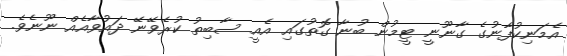
އެމަނިކުފާނުގެ ގާނޫނީ ޓީމުން ބުނާ ގޮތުގައި އެއީ ސާބިތު ކުރެވޭނޭ ދައުވާއެއް ނޫނެވެ.